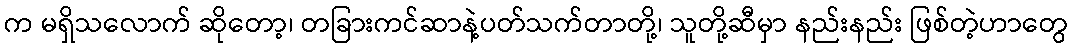
က မရှိသလောက် ဆိုတော့၊ တခြားကင်ဆာနဲ့ပတ်သက်တာတို့၊ သူတို့ဆီမှာ နည်းနည်း ဖြစ်တဲ့ဟာတွေ